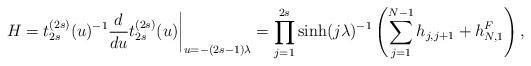
LaTeX: \begin{align*}\left.H=t^{(2s)}_{2s}(u)^{-1} \frac{d}{du} t^{(2s)}_{2s}(u)\right|_{u=-(2s-1)\lambda} = \prod_{j=1}^{2s} \sinh(j \lambda)^{-1}\left( \sum_{j=1}^{N-1} h_{j,j+1} + h^{F}_{N,1} \right),\end{align*}